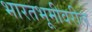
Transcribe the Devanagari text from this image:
भारतभूमीवरील